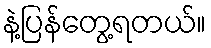
နဲ့ပြန်တွေ့ရတယ်။